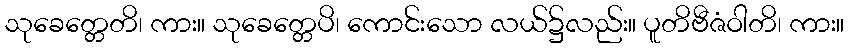
သုခေတ္တေတိ၊ ကား။ သုခေတ္တေပိ၊ ကောင်းသော လယ်၌လည်း။ ပူတိဗီဇံဝါတိ၊ ကား။